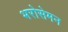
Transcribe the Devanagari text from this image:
भरोसेमन